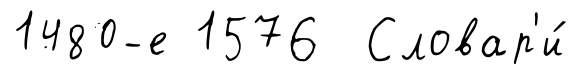
1480-е 1576 Словар'и́